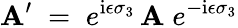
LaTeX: \mathbf{A}^{\prime}\; =\; e^{\mathrm{{i}}\epsilon\sigma_{3}}\, \mathbf{A}\; e^{-\mathrm{{i}}\epsilon\sigma_{3}}